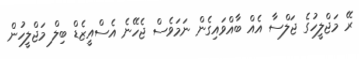
ރޭ މަޖްލީހުގެ ޖަލްސާ އެއް ބާއްވައިގެން ނަމަވެސް ޖެހޭނެ އެސްއީޒެޑް ބިލް މަޖްލީހުން